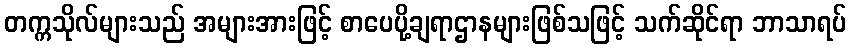
တက္ကသိုလ်များသည် အများအားဖြင့် စာပေပို့ချရာဌာနများဖြစ်သဖြင့် သက်ဆိုင်ရာ ဘာသာရပ်